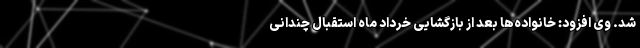
شد. وی افزود: خانواده‌ها بعد از بازگشایی خرداد ماه استقبال چندانی